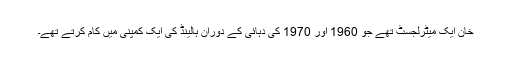
خان ایک میٹرلجسٹ تھے جو 1960 اور 1970 کی دہائی کے دوران ہالینڈ کی ایک کمپنی میں کام کرتے تھے۔